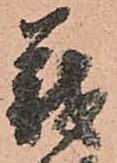
義